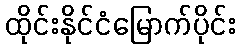
ထိုင်းနိုင်ငံမြောက်ပိုင်း